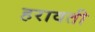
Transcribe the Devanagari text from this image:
हरावती